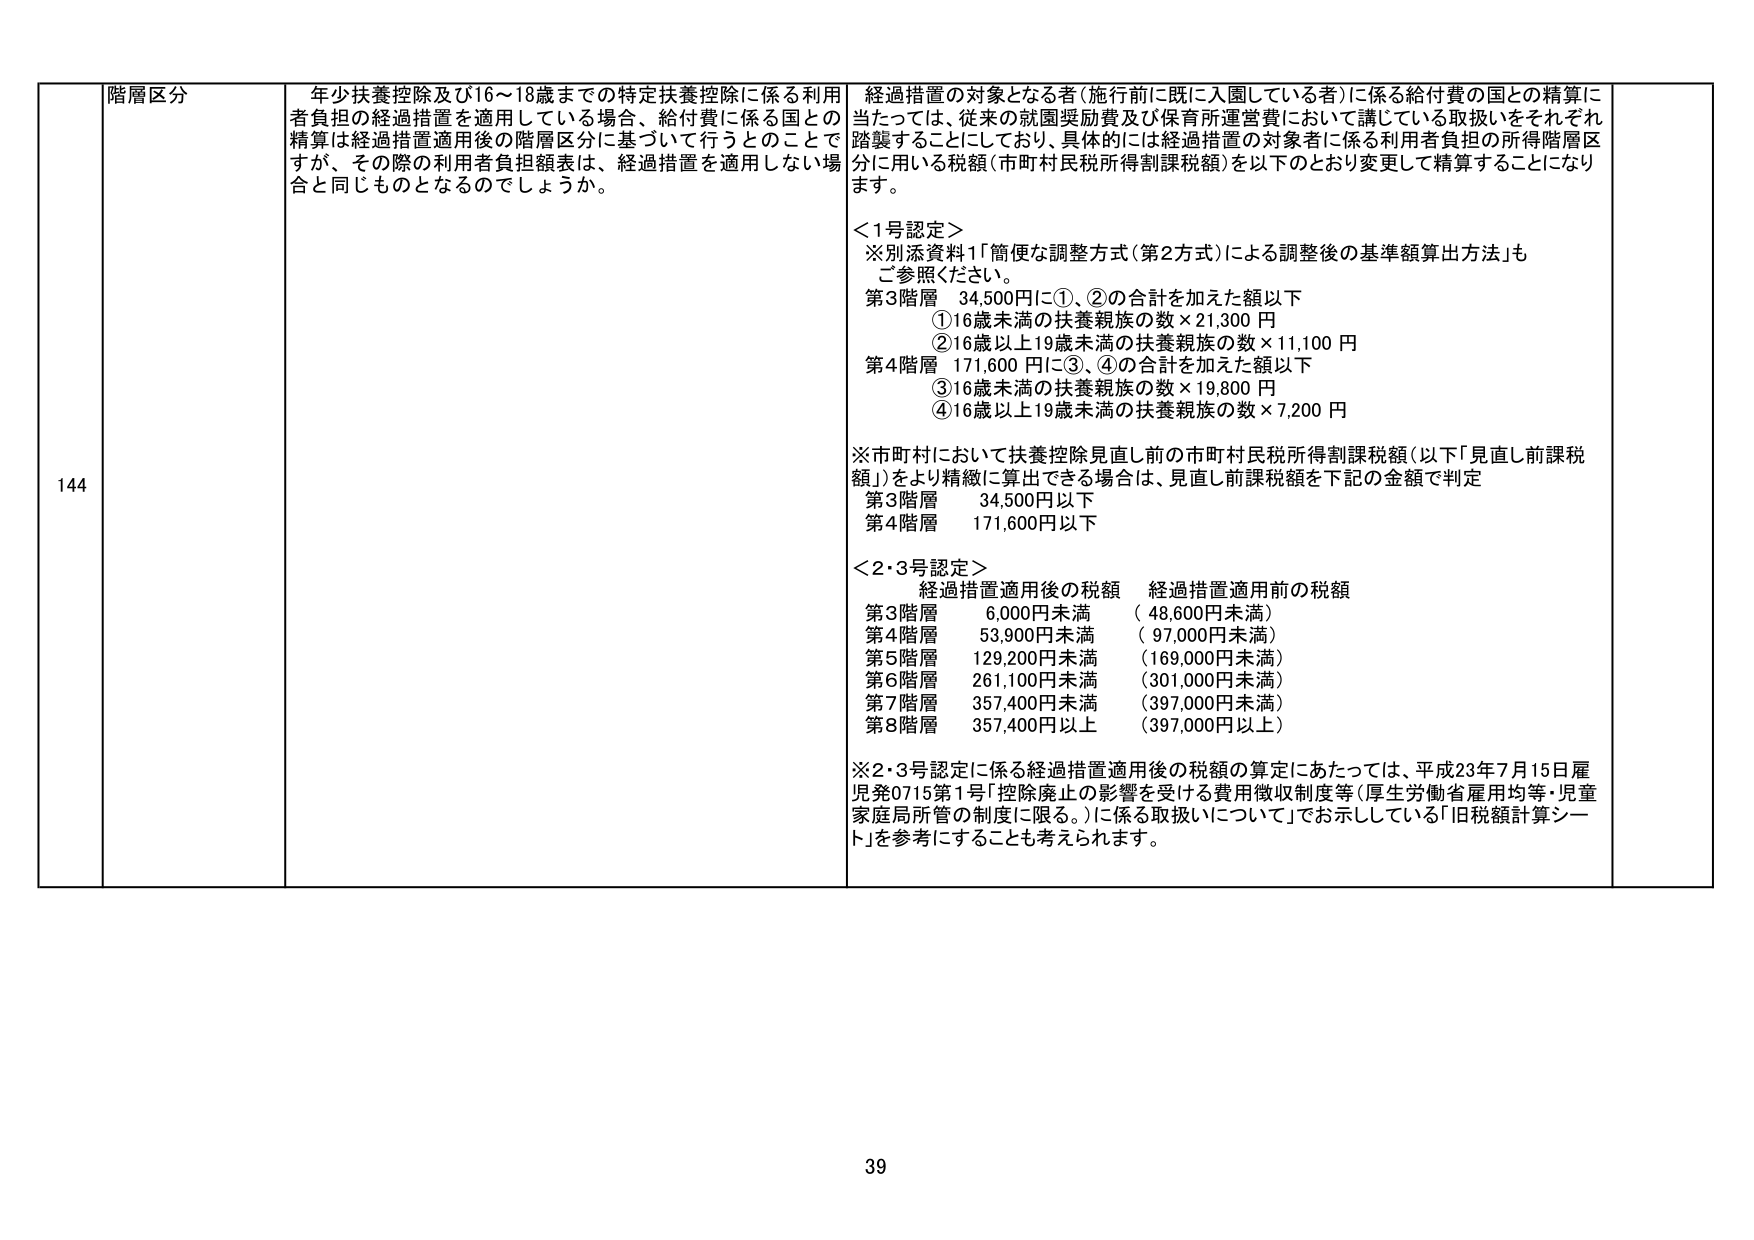
144 階層区分

年少扶養控除及び16～18歳までの特定扶養控除に係る利用者負担の経過措置を適用している場合、給付費に係る国との精算は経過措置適用後の階層区分に基づいて行うことですが、その際の利用者負担額表は、経過措置を適用しない場合と同じものとなるでしょうか。

経過措置の対象となる者（施行前に既に入園している者）に係る給付費の国との精算に当たっては、従来の就園奨励費及び保育所運営費において講じている取扱いをそれぞれ踏襲することにしており、具体的には経過措置の対象者に係る利用者負担の所得階層区分に用いる税額（市町村民税所得割課税額）を以下のとおり変更して精算することになります。

＜1号認定＞
※別添資料1「簡便な調整方式（第2方式）による調整後の基準額算出方法」もご参照ください。
第3階層 34,500円に①、②の合計を加えた額以下
　①16歳未満の扶養親族の数×21,300 円
　②16歳以上19歳未満の扶養親族の数×11,100 円
第4階層 171,600 円に③、④の合計を加えた額以下
　③16歳未満の扶養親族の数×19,800 円
　④16歳以上19歳未満の扶養親族の数×7,200 円

※市町村において扶養控除見直し前の市町村民税所得割課税額（以下「見直し前課税額」）をより精緻に算出できる場合は、見直し前課税額を下記の金額で判定
第3階層 34,500円以下
第4階層 171,600円以下

＜2・3号認定＞
経過措置適用後の税額　経過措置適用前の税額
第3階層 6,000円未満 （48,600円未満）
第4階層 53,900円未満 （97,000円未満）
第5階層 129,200円未満 （169,000円未満）
第6階層 261,100円未満 （301,000円未満）
第7階層 357,400円未満 （397,000円未満）
第8階層 357,400円以上 （397,000円以上）

※2・3号認定に係る経過措置適用後の税額の算定にあたっては、平成23年7月15日雇児発0715第1号「控除廃止の影響を受ける費用徴収制度等（厚生労働省雇用均等・児童家庭局所管の制度に限る。）に係る取扱いについて」でお示ししている「旧税額計算シート」を参考にすることも考えられます。

39